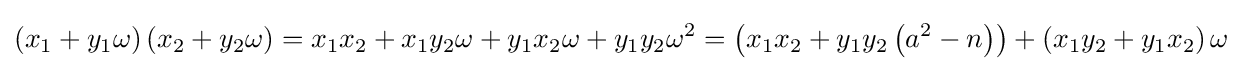
\left(x_{1}+y_{1}\omega \right)\left(x_{2}+y_{2}\omega \right)=x_{1}x_{2}+x_{1}y_{2}\omega +y_{1}x_{2}\omega +y_{1}y_{2}\omega ^{2}=\left(x_{1}x_{2}+y_{1}y_{2}\left(a^{2}-n\right)\right)+\left(x_{1}y_{2}+y_{1}x_{2}\right)\omega